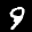
Label: 9